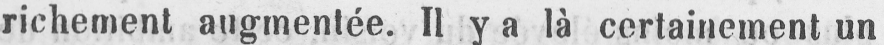
richement augmentée. Il y a là certainement un